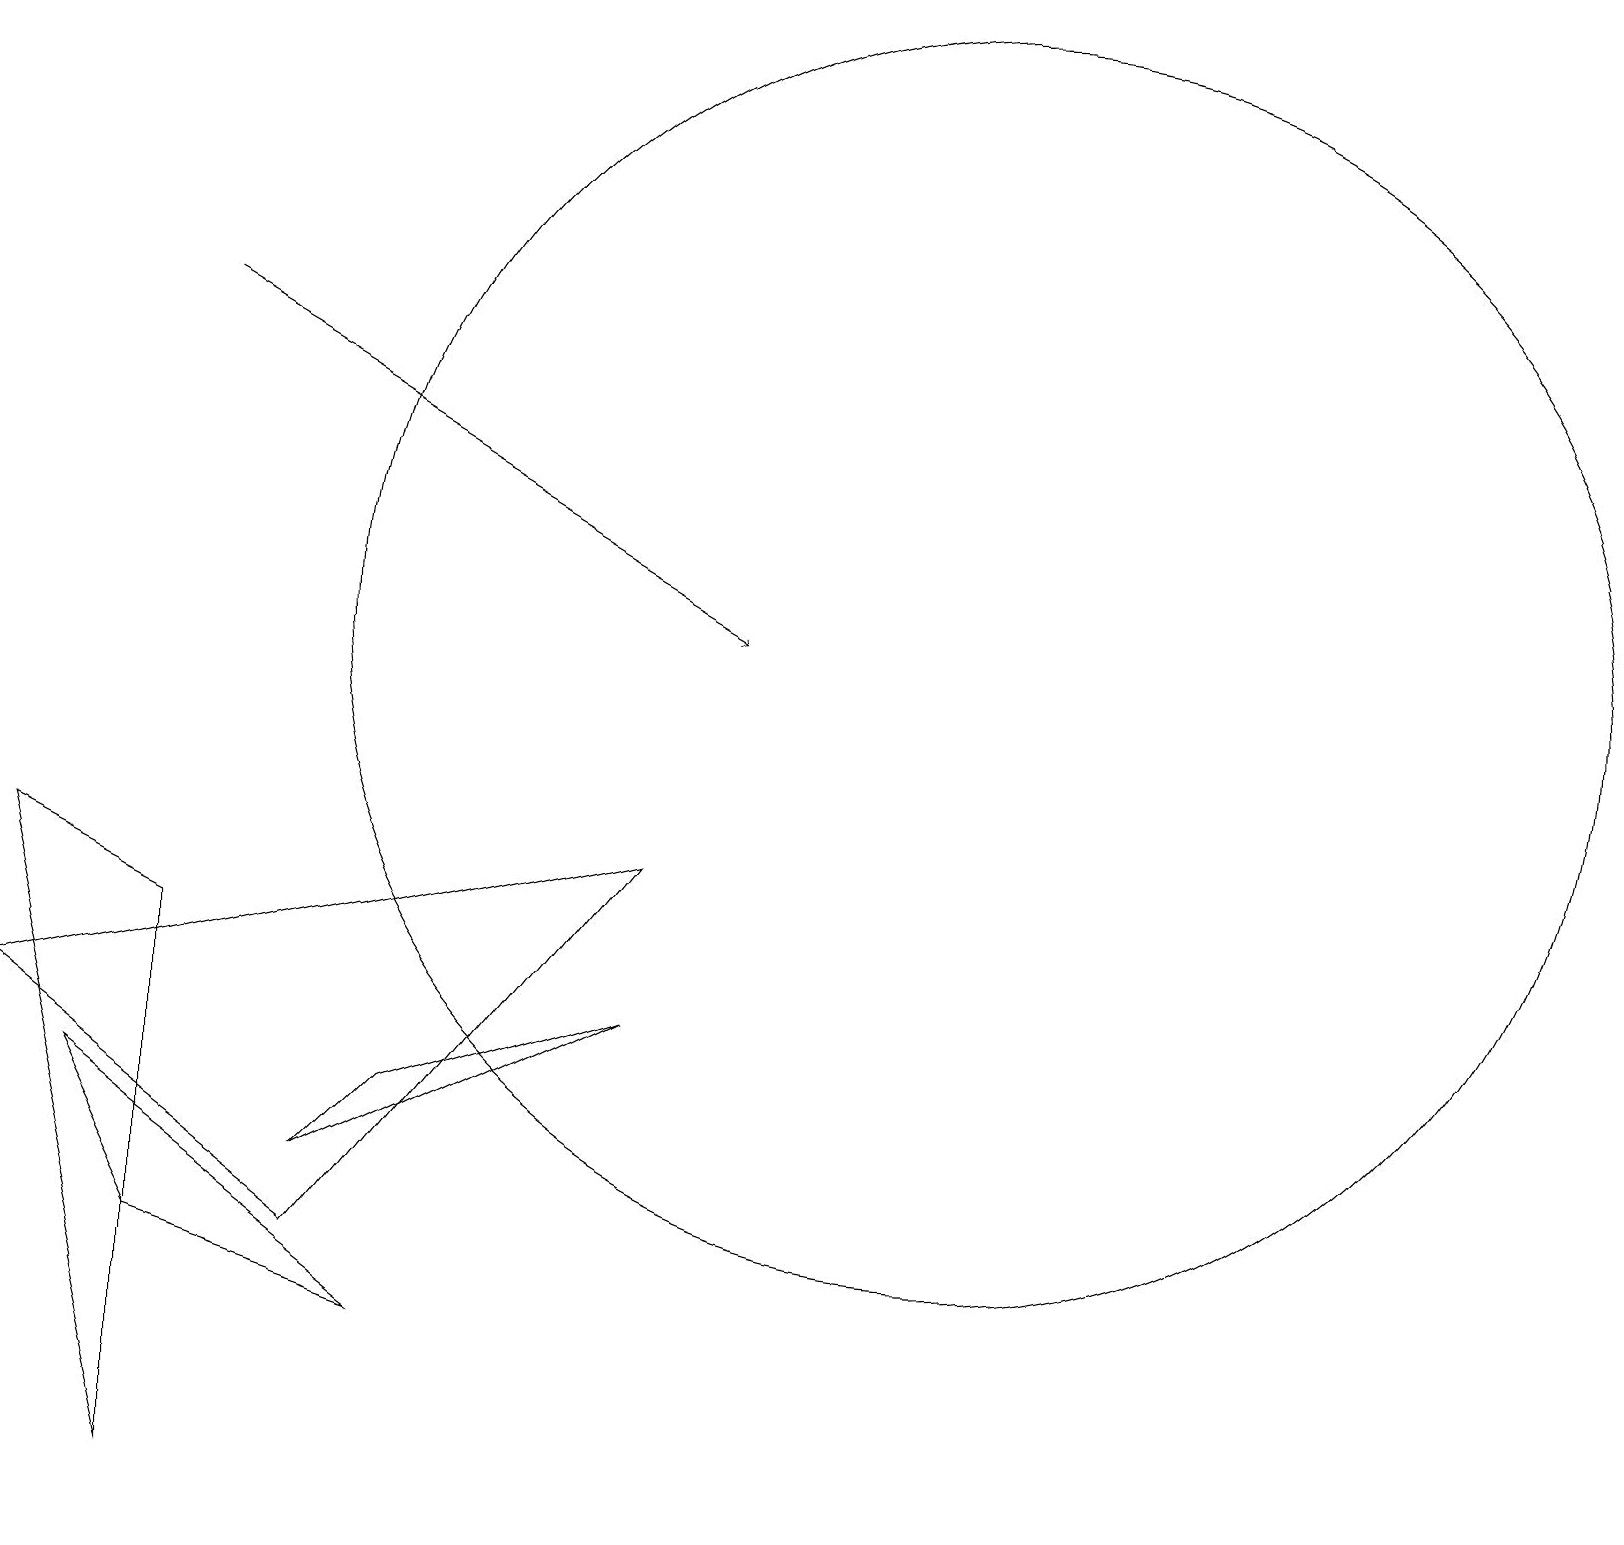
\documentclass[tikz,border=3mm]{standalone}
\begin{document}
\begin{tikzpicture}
\draw (1,5) -- (2,3) -- (5,2) -- cycle;
\draw (8,6) -- (4,4) -- (5,5) -- cycle;
\draw (2,0) -- (2,7) -- (0,8) -- cycle;
\draw (11,10) circle (0);
\draw[->] (2,15) -- (9,11);
\draw (0,6) -- (4,3) -- (8,8) -- cycle;
\draw (11,12) circle (0);
\draw (12,11) circle (8);
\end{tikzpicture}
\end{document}